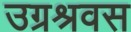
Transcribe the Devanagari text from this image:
उग्रश्रवस